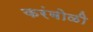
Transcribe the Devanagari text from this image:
करंबोळी